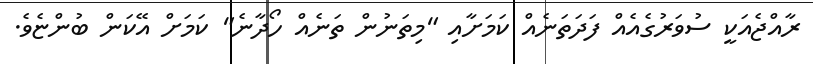
ރާއްޖެއަކީ ސުވަރުގެއެއް ފަދަތަނެއް ކަމަށާއި "މިތަނުން ތަނެއް ހޯދާނެ" ކަމަށް އޭކަން ބުންޏެވެ.